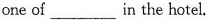
one of___in the hotel.